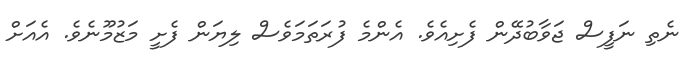
ނެތި ނަފީސް ޖަވާބުދޭން ފެށިއެވެ. އެންމެ ފުރަތަމަވެސް ލިޔަން ފެށީ މަޒުމޫނެވެ. އެއަށް